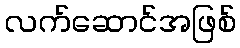
လက်ဆောင်အဖြစ်